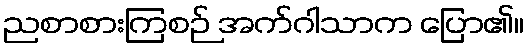
ညစာစားကြစဉ် အက်ဂါသာက ပြော၏။